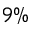
9 \%